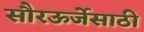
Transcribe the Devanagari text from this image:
सौरऊर्जेसाठी